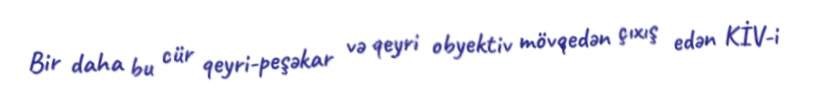
Bir daha bu cür qeyri-peşəkar və qeyri obyektiv mövqedən çıxış edən KİV-i